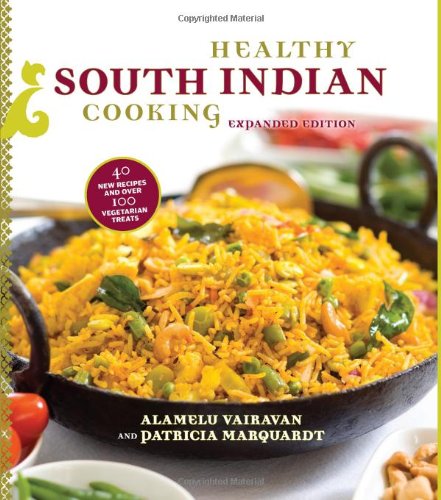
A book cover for Healthy South Indian Cooking: Expanded Edition; Alamelu Vairavan; Cookbooks, Food & Wine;